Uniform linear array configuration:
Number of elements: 64
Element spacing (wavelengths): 0.75
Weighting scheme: exponential
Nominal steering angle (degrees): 15
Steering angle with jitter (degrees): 15.422
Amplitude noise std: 0.05
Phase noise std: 0.05

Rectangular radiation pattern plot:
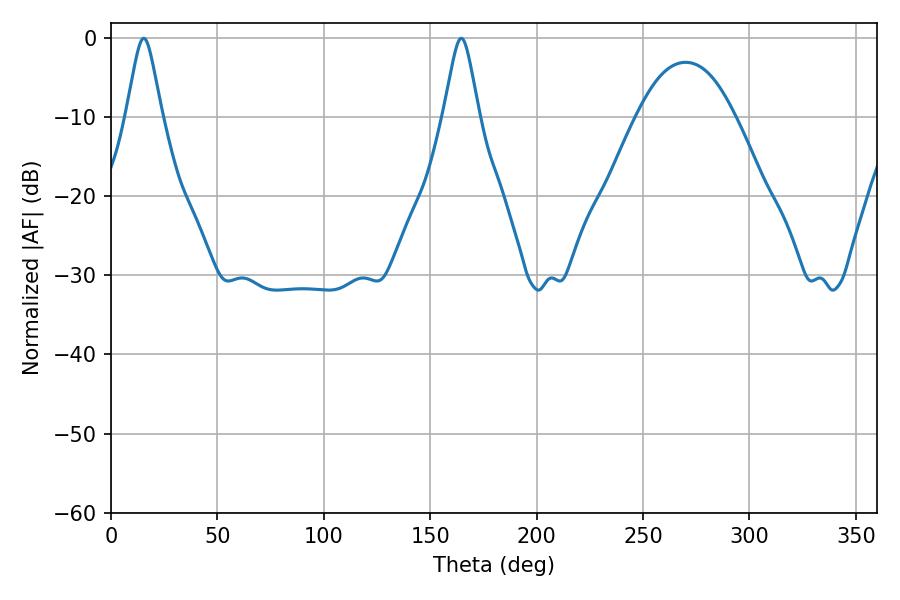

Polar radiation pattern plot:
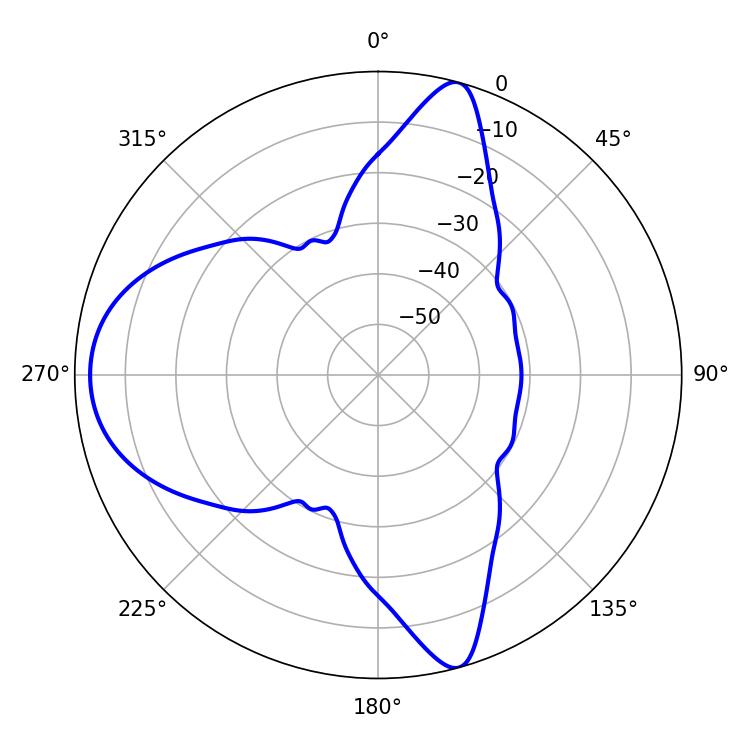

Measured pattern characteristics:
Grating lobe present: TRUE
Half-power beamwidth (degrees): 7.92
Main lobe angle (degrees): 15.48